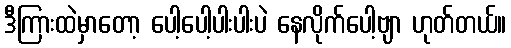
ဒီကြားထဲမှာတော့ ပေါ့ပေါ့ပါးပါးပဲ နေလိုက်ပေါ့ဗျာ ဟုတ်တယ်။